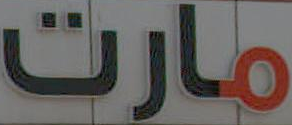
مارت